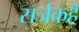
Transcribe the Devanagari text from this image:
सर्जकहैं